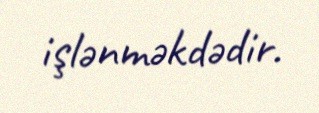
işlənməkdədir.